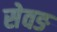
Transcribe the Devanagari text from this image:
सेवङ